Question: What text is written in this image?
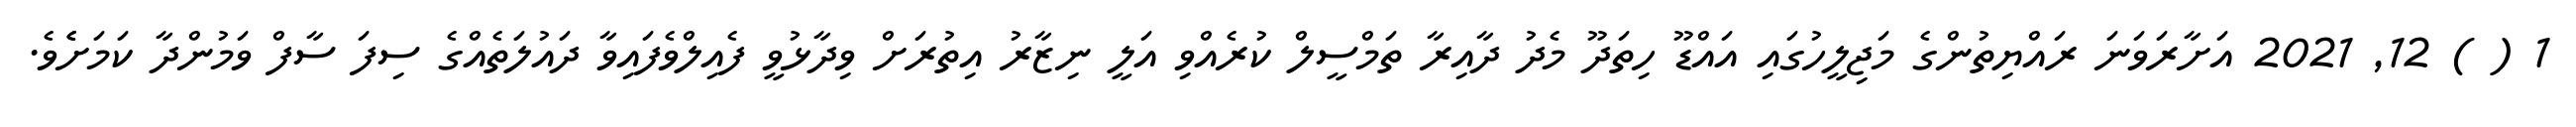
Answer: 1 ( ) 12, 2021 އަށާރަވަނަ ރައްޔިތުންގެ މަޖިލީހުގައި އައްޑޫ ހިތަދޫ މެދު ދާއިރާ ތަމްސީލް ކުރެއްވި އަލީ ނިޒާރު އިތުރަށް ވިދާޅުވީ ފެއިލްވެފައިވާ ދައުލަތެއްގެ ސިފަ ސާފް ވަމުންދާ ކަމަށެެވެ.